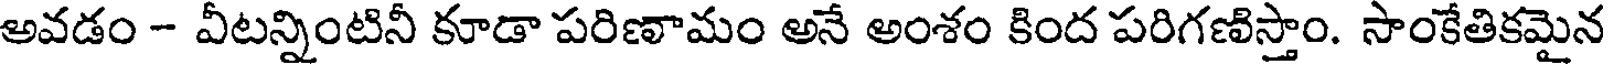
అవడం - వీటన్నింటినీ కూడా పరిణామం అనే అంశం కింద పరిగణిస్తాం. సాంకేతికమైన